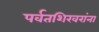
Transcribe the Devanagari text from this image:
पर्वतशिखरांना